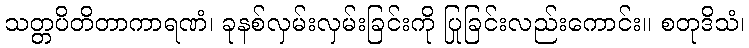
သတ္တပိတိတာကာရဏံ၊ ခုနစ်လှမ်းလှမ်းခြင်းကို ပြုခြင်းလည်းကောင်း။ စတုဒိသံ၊